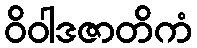
ဝိဝါဒဇာတိကံ